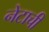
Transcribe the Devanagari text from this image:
नेटाची